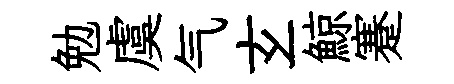
勉虞气𤣥鯨蹇